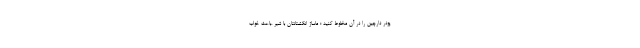
پودر دارچین را در آن مخلوط کنید ؛ ماساژ انگشتانتان با شیر ،باعث خواب